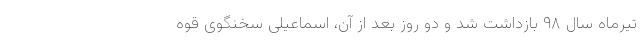
تیرماه سال ۹۸ بازداشت شد و دو روز بعد از آن، اسماعیلی سخنگوی قوه